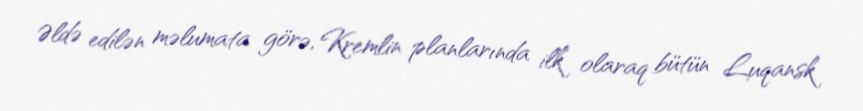
Əldə edilən məlumata görə, Kremlin planlarında ilk olaraq bütün Luqansk